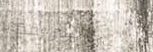
جسر رقم ٢